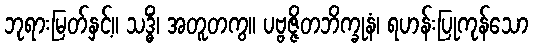
ဘုရားမြတ်နှင့်။ သဒ္ဓိံ၊ အတူတကွ။ ပဗ္ဗဇ္ဇိတဘိက္ခုနံ၊ ရဟန်းပြုကုန်သော